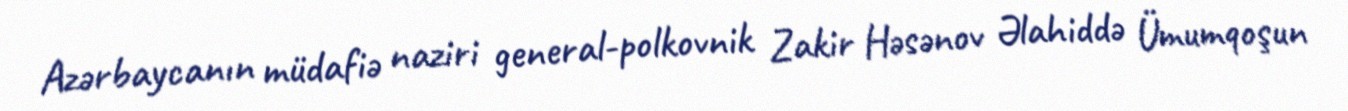
Azərbaycanın müdafiə naziri general-polkovnik Zakir Həsənov Əlahiddə Ümumqoşun